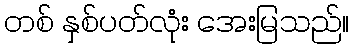
တစ် နှစ်ပတ်လုံး အေးမြသည်။